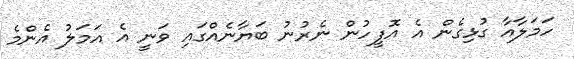
ހަމަލާއާ ގުޅިގެން އެ އޮފީހުން ނެރުނު ބަޔާނެއްގައި ވަނީ އެ އަމަލު އެންމެ